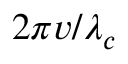
2 \pi v / \lambda _ { c }